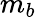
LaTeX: m_{b}